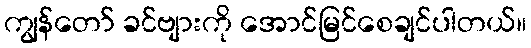
ကျွန်တော် ခင်ဗျားကို အောင်မြင်စေချင်ပါတယ်။